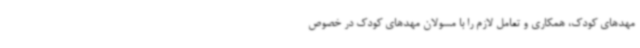
مهدهای کودک، همکاری و تعامل لازم را با مسولان مهدهای کودک در خصوص